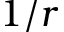
1 / r